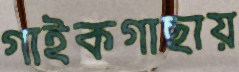
গাইকগাছায়